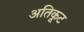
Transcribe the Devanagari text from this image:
अतिकूट